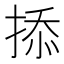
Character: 掭